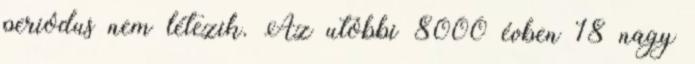
periódus nem létezik. Az utóbbi 8000 évben 18 nagy